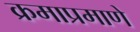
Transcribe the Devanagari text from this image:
क्रमाप्रमाणे